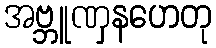
အဗ္ဘူဏှနဟေတု